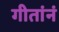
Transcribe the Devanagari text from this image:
गीतांनं